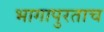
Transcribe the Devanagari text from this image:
भागापुरताच